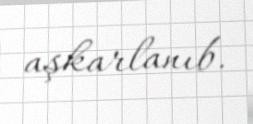
aşkarlanıb.